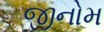
જીનોમ